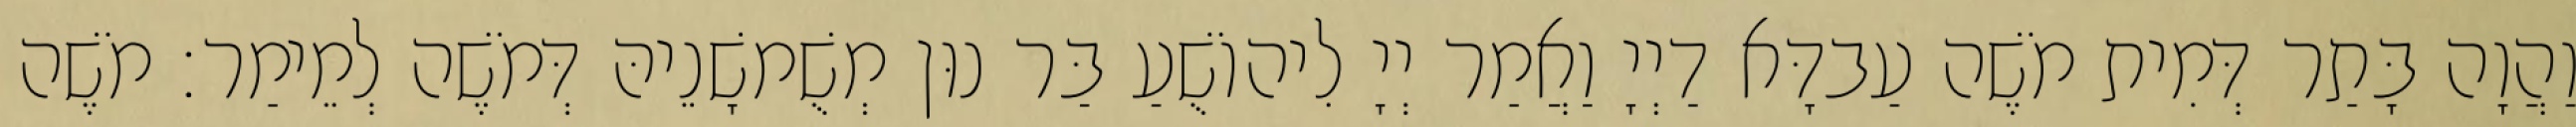
וַהֲוָה בָּתַר דְּמִית מֹשֶׁה עַבדָּא דַיְיָ וַאֲמַר יְיָ לִיהוֹשֻׁעַ בַּר נוּן מְשֻׁמשָׁנֵיהּ דְּמֹשֶׁה לְמֵימַר׃ מֹשֶׁה